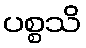
ပစ္စသိ